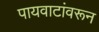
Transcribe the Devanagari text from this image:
पायवाटांवरून